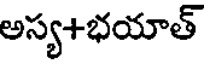
అస్య+భయాత్